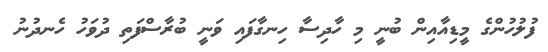
ފުލުހުންގެ މީޑިއާއިން ބުނީ މި ހާދިސާ ހިނގާފައި ވަނީ ބުރާސްފަތި ދުވަހު ހެނދުނު